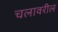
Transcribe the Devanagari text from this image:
चलावरील